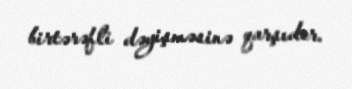
birtərəfli dəyişməsinə qarşıdır.